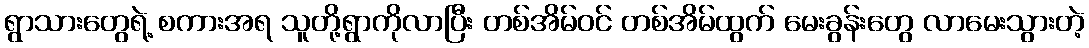
ရွာသားတွေရဲ့ စကားအရ သူတို့ရွာကိုလာပြီး တစ်အိမ်ဝင် တစ်အိမ်ထွက် မေးခွန်းတွေ လာမေးသွားတဲ့